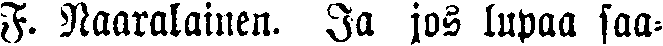
F. Naaralainen. Ja jos lupaa saa-